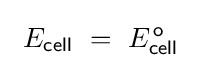
~E_{\mathsf {cell}}~=~E_{\mathsf {cell}}^{\mathsf {\;\!o}}~~